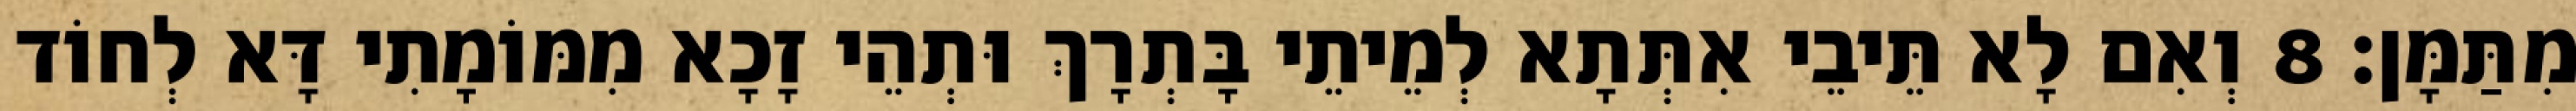
מִתַּמָּן׃ 8 וְאִם לָא תֵּיבֵי אִתְּתָא לְמֵיתֵי בָּתְרָךְ וּתְהֵי זָכָא מִמּוֹמָתִי דָּא לְחוֹד